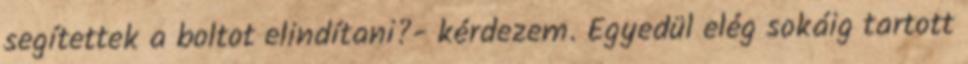
segítettek a boltot elindítani?- kérdezem. Egyedül elég sokáig tartott